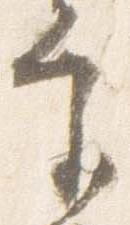
宮